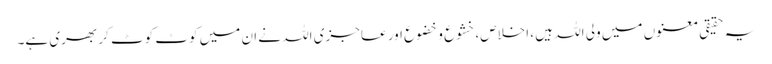
یہ حقیقی معنوں میں ولی اللہ ہیں ، اخلاص، خشوع و خضوع اور عاجزی اللہ نے ان میں کوٹ کوٹ کر بھری ہے۔